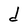
Character: d